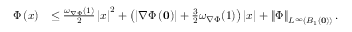
\begin{array} { r l } { \Phi \left( x \right) } & { \le \frac { \omega _ { \nabla \Phi } ( 1 ) } { 2 } \left| x \right| ^ { 2 } + \left( \left| \nabla \Phi \left( \mathbf { 0 } \right) \right| + \frac { 3 } { 2 } \omega _ { \nabla \Phi } ( 1 ) \right) \left| x \right| + \left\| \Phi \right\| _ { L ^ { \infty } \left( B _ { 1 } \left( \mathbf { 0 } \right) \right) } . } \end{array}